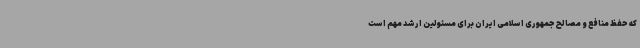
که حفظ منافع و مصالح جمهوری اسلامی ایران برای مسئولین ارشد مهم است